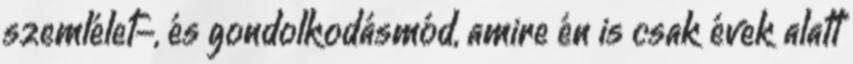
szemlélet-, és gondolkodásmód, amire én is csak évek alatt